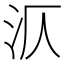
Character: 㳁